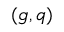
( g , q )